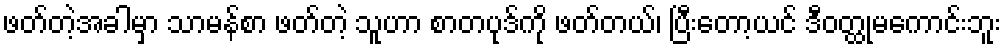
ဖတ်တဲ့အခါမှာ သာမန်စာ ဖတ်တဲ့ သူဟာ စာတပုဒ်ကို ဖတ်တယ်၊ ပြီးတော့ယင် ဒီဝတ္ထုမကောင်းဘူး